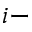
i -